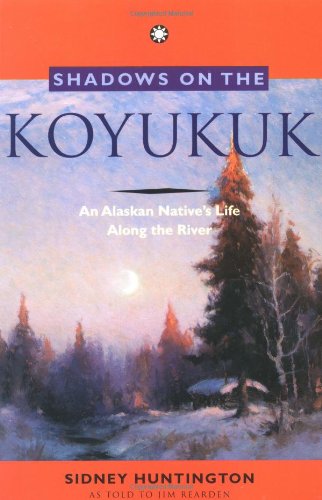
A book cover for Shadows on the Koyukuk: An Alaskan Native's Life Along the River; Sidney Huntington; Biographies & Memoirs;